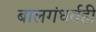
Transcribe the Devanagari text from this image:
बालगंधर्वही